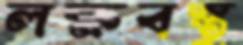
লক্ষবস্তু